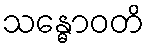
သန္ဓောဝတိ